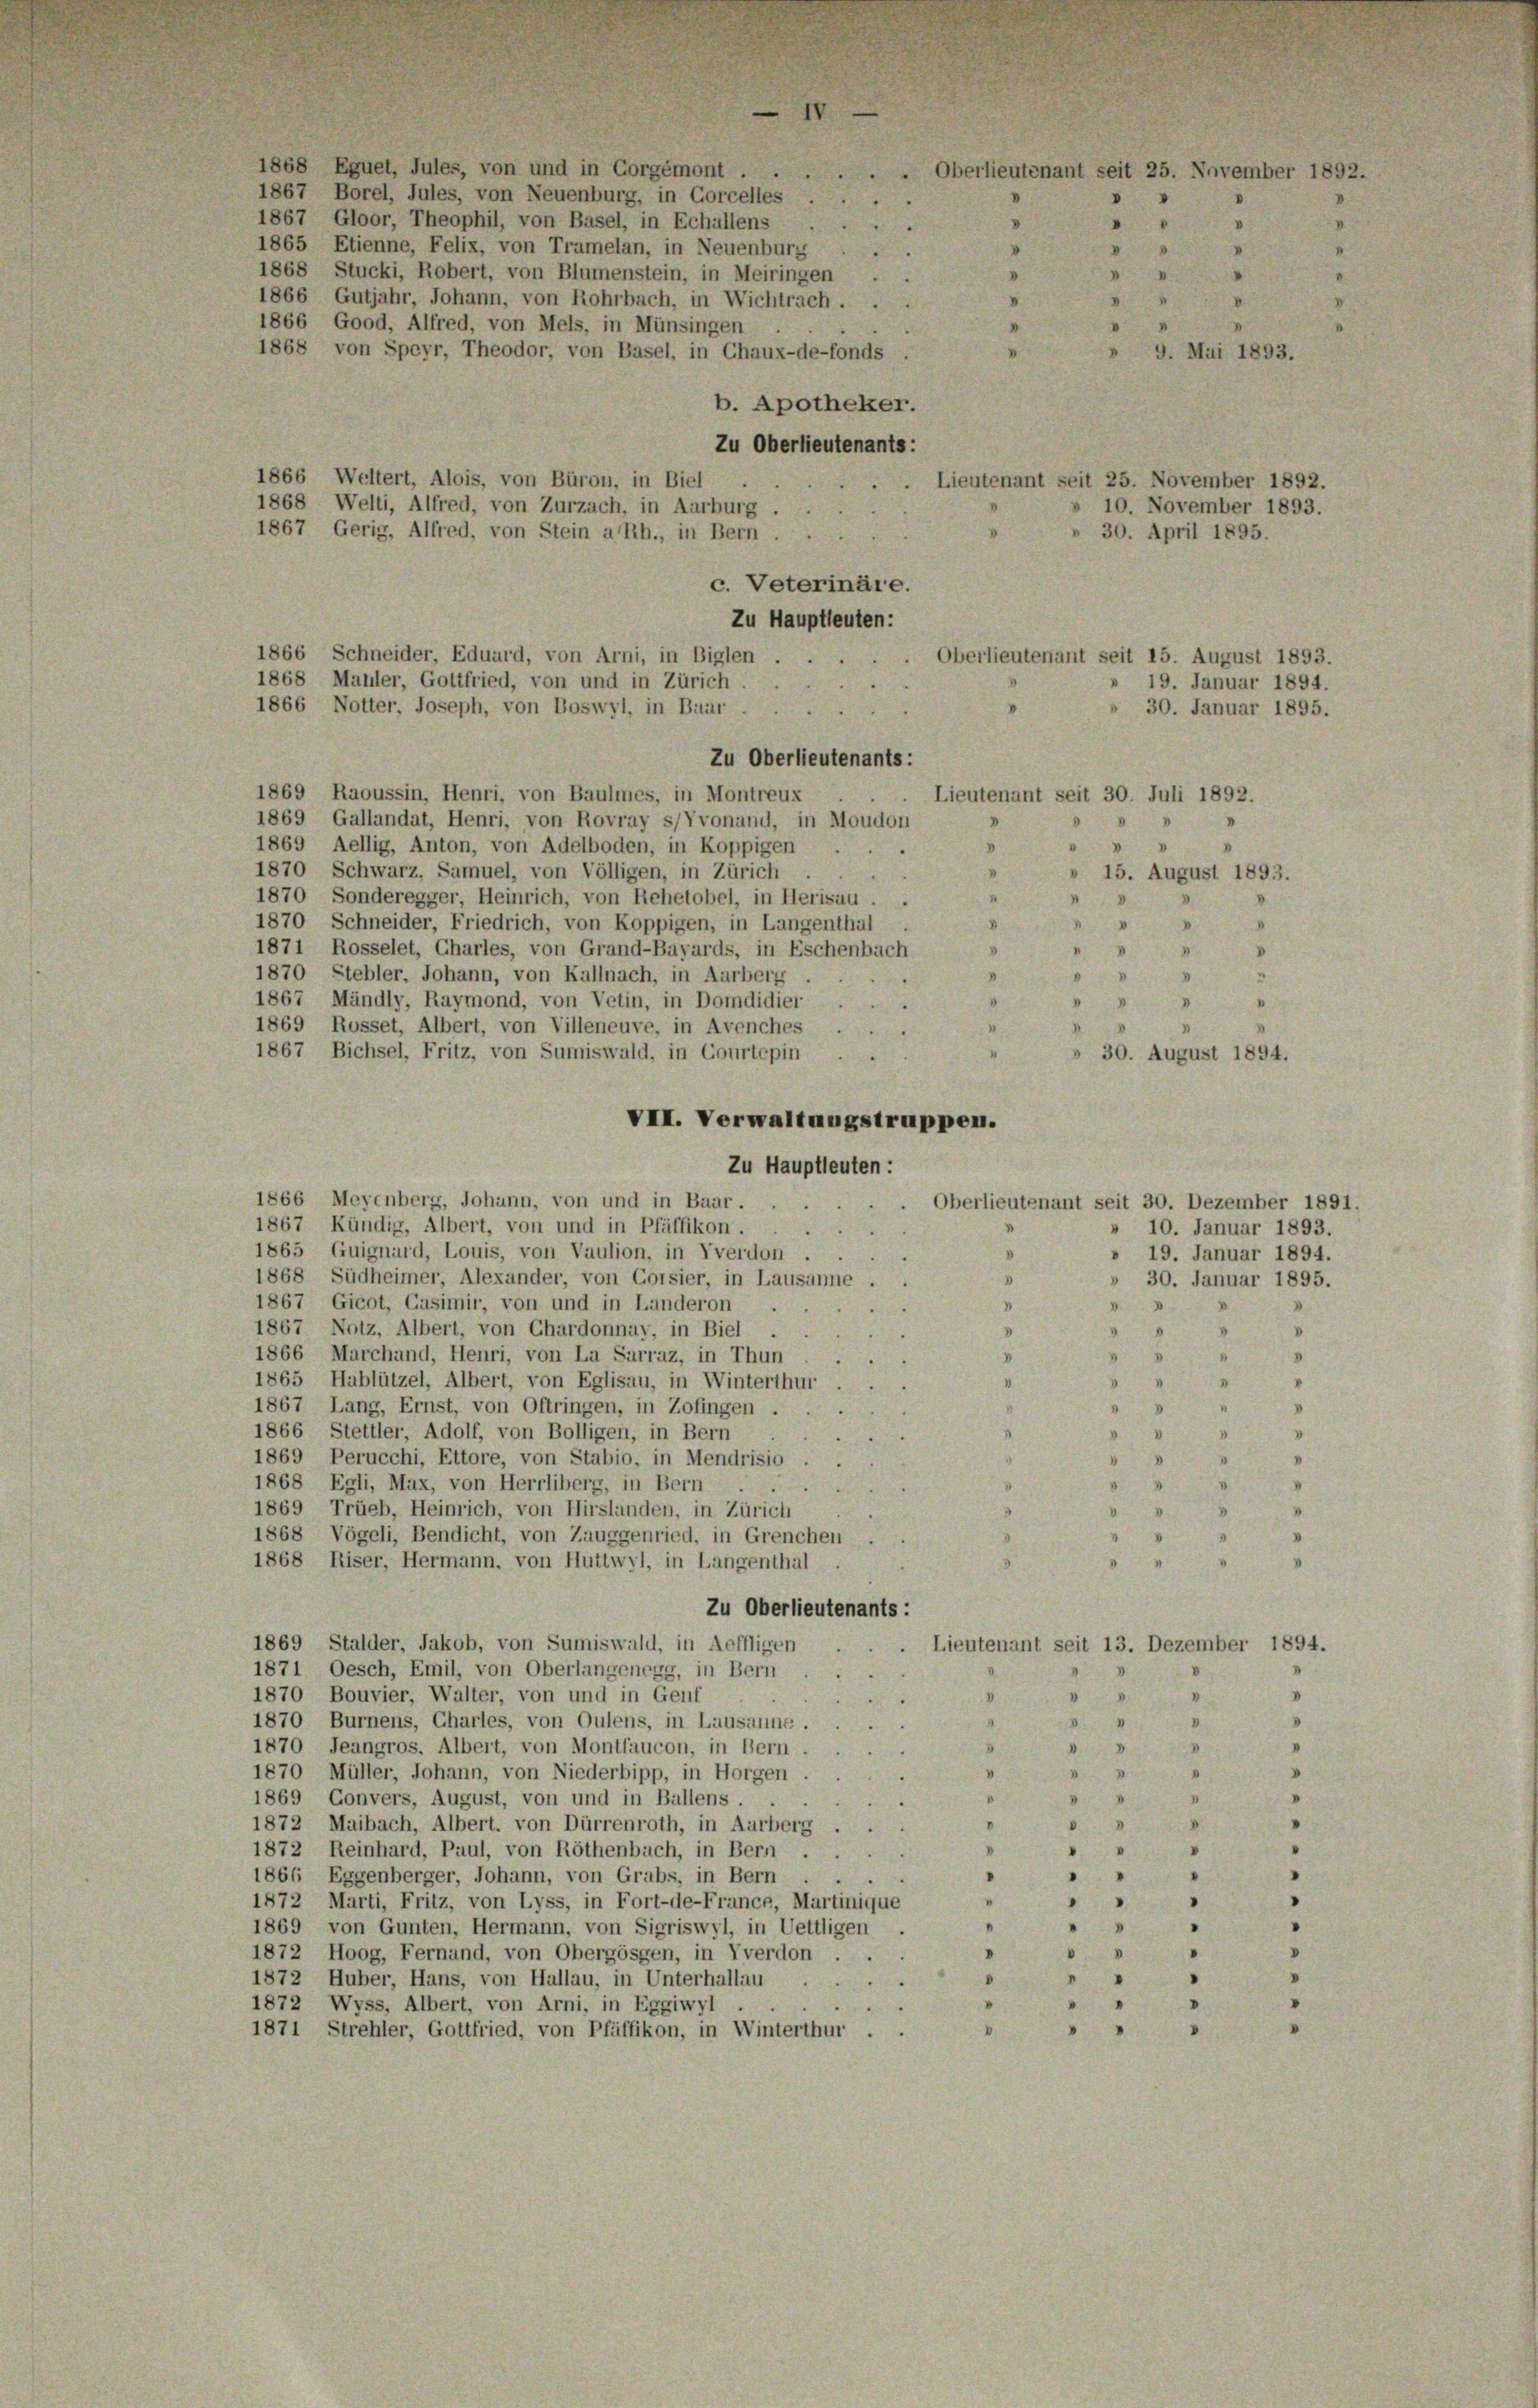
1868 Eguet, Jules, von und in Corgémont . .
1867 Borel, Jules, von Neuenburg, in Gorcelles . .
1867, Gloor, Theophil, von Basel, in Echallens
1865 Etienne, Felix, von Tramelan, in Neuenburg
1868 Stucki, Robert, von Blumenstein, in Meiringen
1866 Gutjahr, Johann, von Rohrbach, in Wichtrach.
1866 Good, Alfred, von Mels, in Münsingen
1868 von Speyr, Theodor, von Basel, in Chaux-de-fonds
9. Mai 1893.
b. Apotheker.
Zu Oberlieutenants:
1866 Weltert, Alois, von Büron, in Biel
Lieutenant seit 25. November 189:
1868 Welti, Alfred, von Zurzach, in Aarburg .
» 10. November 1893
1867, Gerig, Alfred, von Stein a/Rh., in Bern
30. April 1895.
Zu Hauptleuten:
Oberlieutenant seit 15. August 189
.
1868 Mauler, Gottfried, von und in Zürich
19. Januar 189
1866 Notter, Joseph, von Boswyl, in Baar
30. Januar 189.
Zu Oberlieutenants:
1869 Raoussin, Henri, von Baulmes, in Montreux
Lieutenant seit 30. Juli 1892.
1869 Gallandat, Henri, von Rovray s/Vvonand, in Moudon
1869 Aellig, Anton, von Adelboden, in Koppigen
1870 Schwarz, Samuel, von Völligen, in Zürich
» 15. August 1893.
1870, Sonderegger, Heinrich, von Rehelobel, in Herisau ..
1870 Schneider, Friedrich, von Koppigen, in Langenthal
D
.
1871 Rosselet, Charles, von Grand-Bayards, in Eschenbach
3
1870 Stebler, Johann, von Kallnach, in Aarberg.
I
1867 Mändly, Raymond, von Vetin, in Domdidier
1
I

1869 Rosset, Albert, von Villeneuve, in Avenches . .
1867 Bichsel, Fritz, von Sumiswald, in Courtepin
30. August 1894.
VII. Verwaltungstruppen.
Zu Hauptleuten:
1866 Meyenberg, Johann, von und in Baar.
Oberlieutenant seit 30. Dezember 1891.
1867 Kündig, Albert, von und in Pfäffikon.
 10. Januar 1893.
i
1865 Guignard, Louis, von Vaulion, in Yverdon
» 19. Januar 1894.
1868 Südheimer, Alexander, von Corsier, in Lausanne
» 30. Januar 1895.
1867 Gicot, Casimir, von und in Landeron
d
V
.
3
1867, Notz, Albert, von Chardonnay, in Biel
8
V
1866 Marchand, Henri, von La Sarraz, in Thun
.
1865 Hablützel, Albert, von Eglisau, in Winterthur
1867 Lang, Ernst, von Oftringen, in Zofingen .
1866 Stettler, Adolf, von Bolligen, in Bern
1869 Perucchi, Ettore, von Stabio, in Mendrisio
1868 Egli, Mux, von Herrliberg, in Bern . .
1869 Trüeb, Heinrich, von Hirslanden, in Zürich
1868 Vögeli, Bendicht, von Zauggenried, in Grenchen
1868 Riser, Hermann, von Huttwyl, in Langenthal
.
Zu Oberlieutenants:
1869 Stalder, Jakob, von Sumiswald, in Aeffligen
Lieutenant seit 13. Dezember 1894.
1871 Oesch, Emil, von Oberlangenegg, in Bern
"
1870 Bouvier, Walter, von und in Genf
.

1870 Burnens, Charles, von Oulens, in Lausanne.
1870 Jeangros. Albert, von Montfaucon, in Bern
d
V
1870 Müller, Johann, von Niederbipp, in Horgen
.
V
I
1869 Convers, August, von und in Ballens . . .

"
.
"
1872 Maibach, Albert. von Dürrenroth, in Aarberg
.
1872 Reinhard, Paul, von Röthenbach, in Bern
"
"
1866 Eggenberger, Johann, von Grabs, in Bern
I
"
1872 Marti, Fritz, von Lyss, in Fort-de-France, Martinique
"
5
1869 von Gunten, Hermann, von Sigriswyl, in Uettligen .
1872 Hoog, Fernand, von Obergösgen, in Yverdon ...
1872 Huber, Hans, von Hallau, in Unterhallau
.
1872 Wyss, Albert, von Arni, in Eggiwyl
.
"
1871 Strehler, Gottfried, von Pfäffikon, in Winterthur
.

1866 Schneider, Eduard, von Arni, in Biglen

c. Veterinäre.

Oberlieutenant seit 25. November 189.
.
.
.
d
V
“
“
.
.
.
.
V